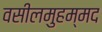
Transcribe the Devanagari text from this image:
वसीलमुहम्मद